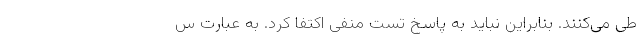
طی می‌کنند. بنابراین نباید به پاسخ تست منفی اکتفا کرد. به عبارت س